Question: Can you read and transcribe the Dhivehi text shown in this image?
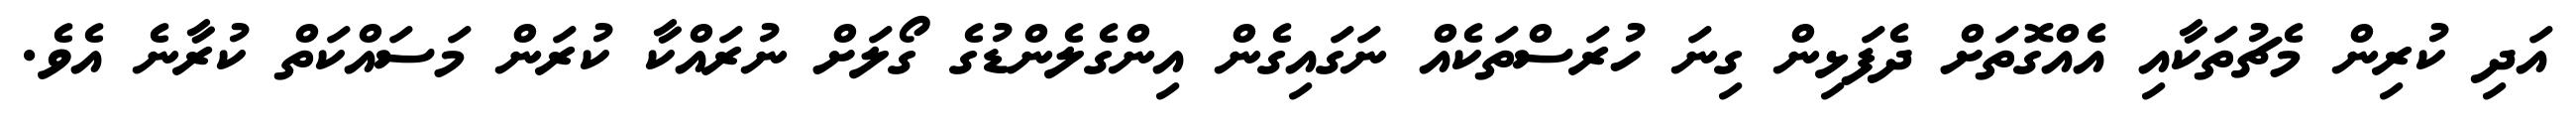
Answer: އަދި ކުރިން މެޗުތަކާއި އެއްގޮތަށް ދެފަޅިން ގިނަ ހުރަސްތަކެއް ނަގައިގެން އިންގެލެންޑުގެ ގޯލަށް ނުރައްކާ ކުރަން މަސައްކަތް ކުރާނެ އެވެ.